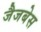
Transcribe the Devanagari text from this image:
जैजबेस